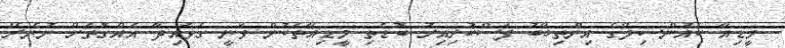
މީޑިއާ ކައުންސިލްގެ އިންތިޚާބު ފަސްކުރިއިރު ބޮޑެތި މީޑިއާތަކުން ވަނީ ގަވައިދާ އެއްގޮތަށް ނުނެރޭ